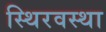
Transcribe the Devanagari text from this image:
स्थिरवस्था